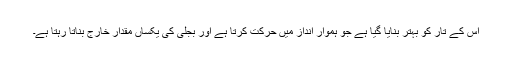
اس کے تار کو بہتر بنایا گیا ہے جو ہموار انداز میں حرکت کرتا ہے اور بجلی کی یکساں مقدار خارج بناتا رہتا ہے۔